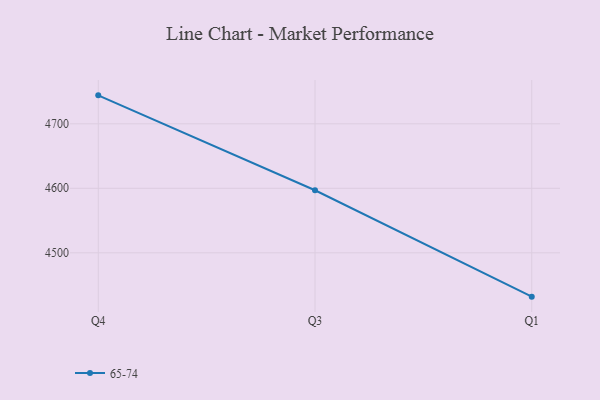
{"axis": {"x": "Quarter", "y": "Satisfaction Score"}, "legend": ["65-74"], "data": [{"x": "Q4", "y": 4744.1, "type": "65-74"}, {"x": "Q3", "y": 4597.0, "type": "65-74"}, {"x": "Q1", "y": 4432.0, "type": "65-74"}]}